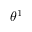
\theta ^ { 1 }